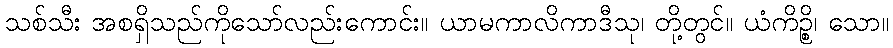
သစ်သီး အစရှိသည်ကိုသော်လည်းကောင်း။ ယာမကာလိကာဒီသု၊ တို့တွင်။ ယံကိဉ္စိ၊ သော။